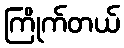
ကြိုက်တယ်